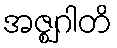
အဇ္ဈဂါတိ